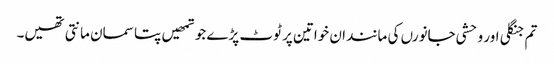
تم جنگلی اور وحشی جانورں کی مانند ان خواتین پر ٹوٹ پڑے جو تمھیں پتا سمان مانتی تھیں۔